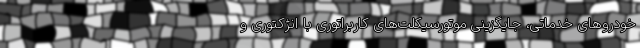
خودروهای خدماتی، جایگزینی موتورسیکلت‌های کاربراتوری با انژکتوری و